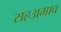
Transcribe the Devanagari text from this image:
सहअभाव